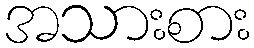
အသားစား